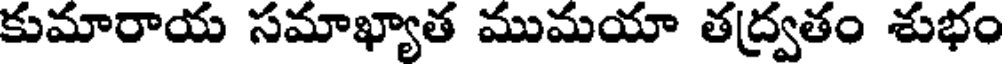
కుమారాయ సమాఖ్యాత ముమయా తద్వతం శుభం